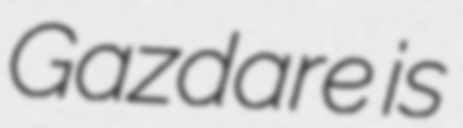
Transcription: Gazdare is